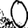
Digit: 0